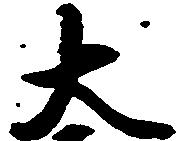
大